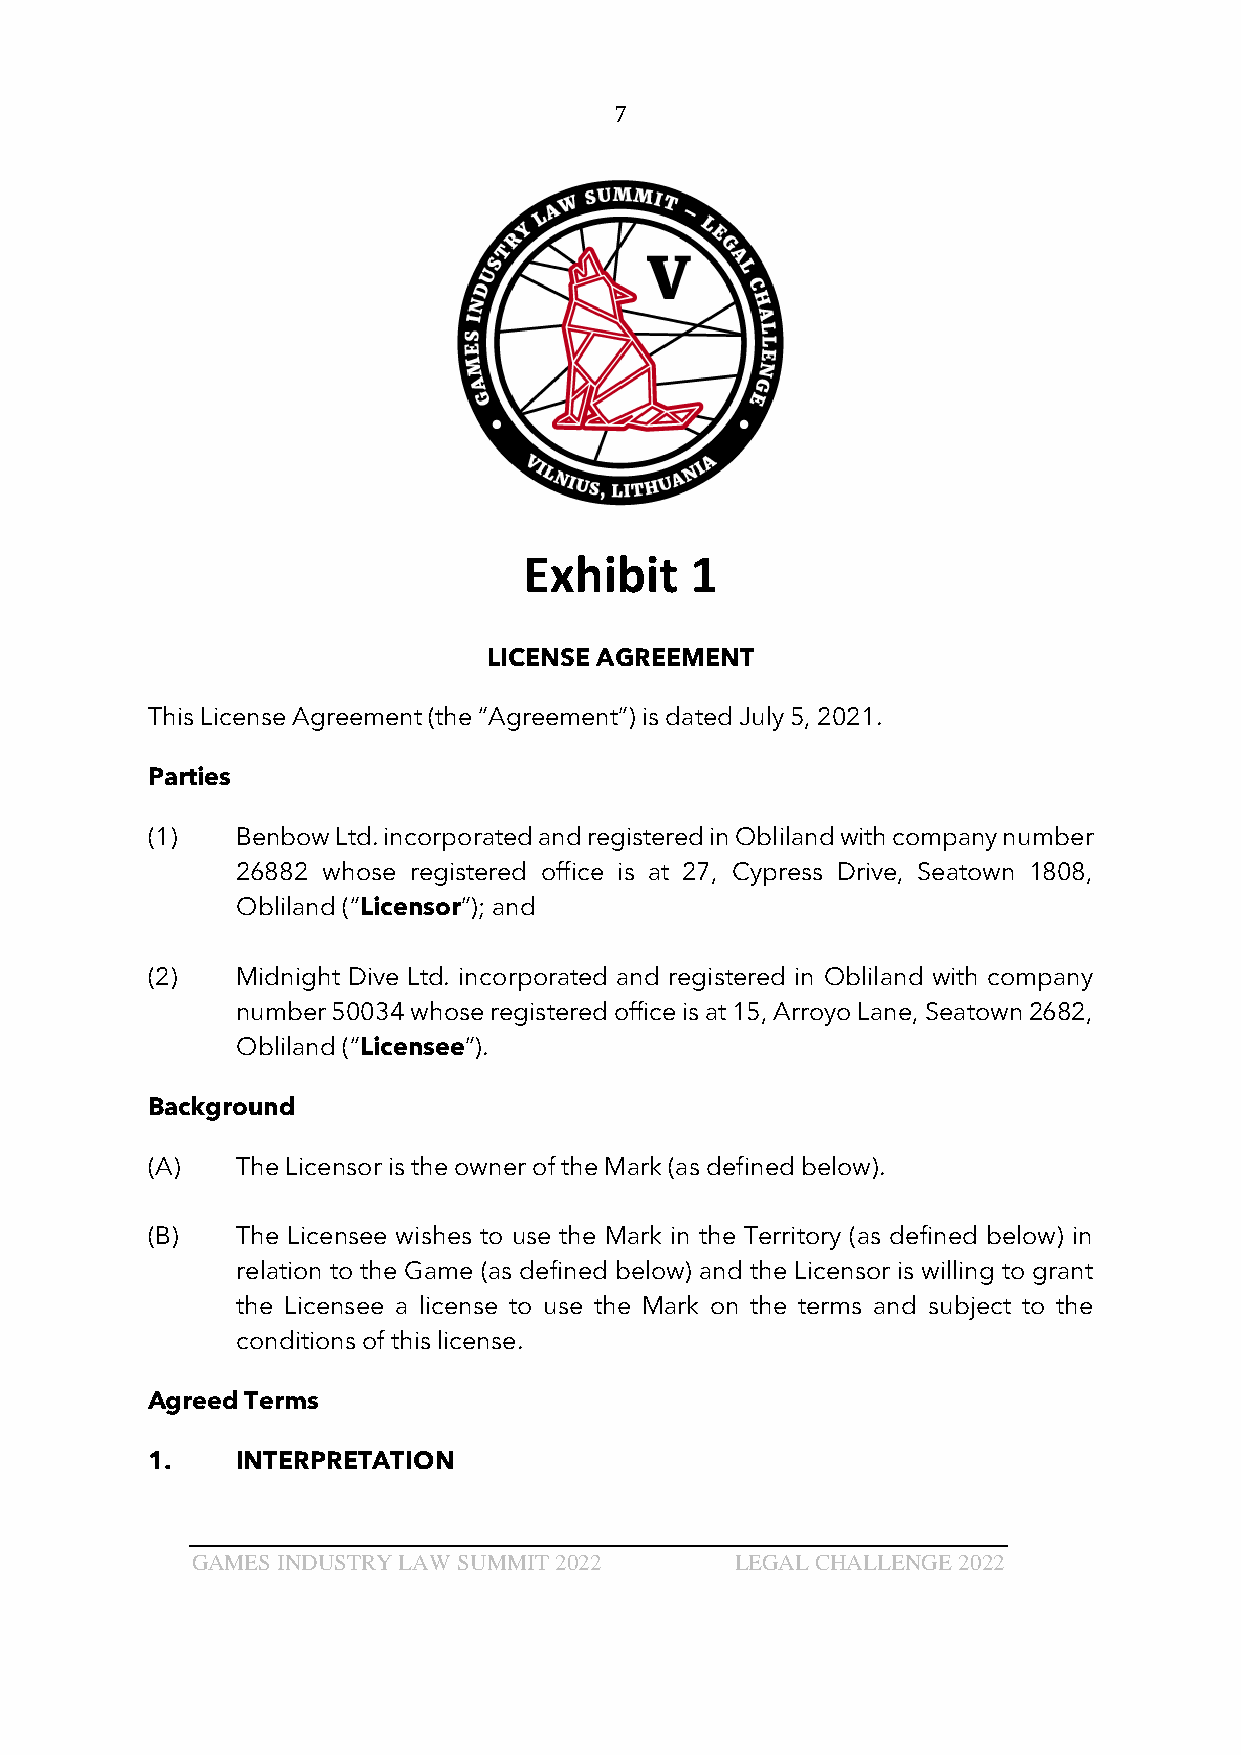
7
 Exhibit    1
 LICENSE AGREEMENT
 This License Agreement (the “Agreement”) is dated July 5, 2021.
 Parties
 (1)   Benbow Ltd. incorporated and registered in Obliland with company number
 26882 whose registered office is at 27, Cypress Drive, Seatown 1808,
 Obliland (“Licensor”); and
 (2)   Midnight Dive Ltd. incorporated and registered in Obliland with company
 number 50034 whose registered office is at 15, Arroyo Lane, Seatown 2682,
 Obliland (“Licensee”).
 Background
 (A)   The Licensor is the owner of the Mark (as defined below).
 (B)   The Licensee wishes to use the Mark in the Territory (as defined below) in
 relation to the Game (as defined below) and the Licensor is willing to grant
 the Licensee a license to use the Mark on the terms and subject to the
 conditions of this license.
 Agreed Terms
 1.    INTERPRETATION
 GAMES INDUSTRY LAW SUMMIT 2022      LEGAL CHALLENGE 2022